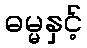
ဓမ္မနှင့်